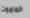
الماموث